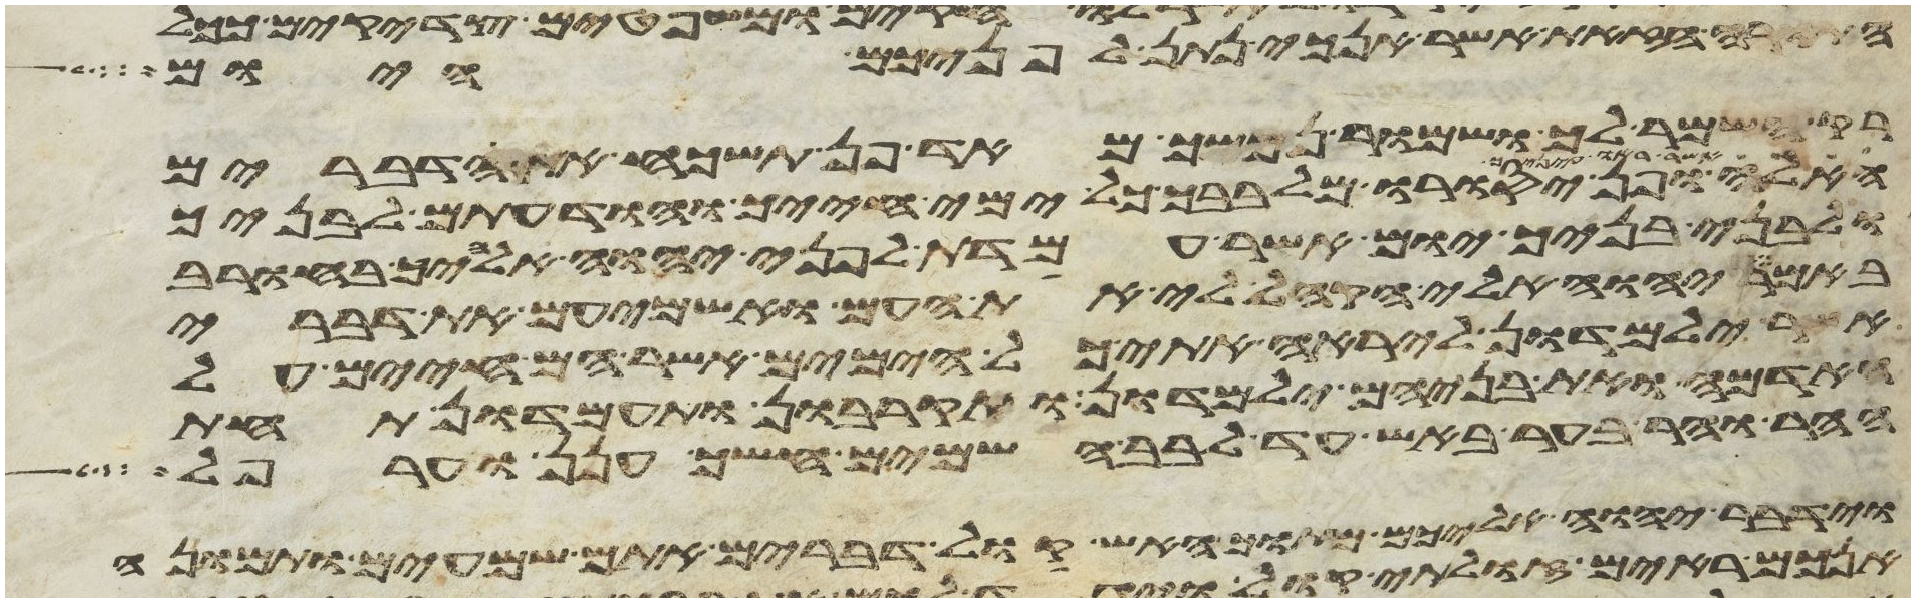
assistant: התורה הזאת אשר אנכי נתן לפניכם היום
רק השמר לך ושמור נפשך מאד פן תשכח את הדברים
ופן יסורו מלבבך כל ימי חייך והודעתם לבניך
ולבני בניך יום אשר עמדת לפני יהוה אלהיך בחורב
באמר יהוה אלי הקהל לי את העם ואשמיעם את דברי
אשר ילמדון ליראה אתי כל הימים אשר הם חיים על
האדמה ואת בניהם ילמדון ותקרבון ותעמדון תחת
ההר וההר בער באש עד לבב השמים חשך ענן וערפל
וידבר יהוה אליכם מתוך האש קול דברים אתם שמעים ותמונה